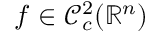
f \in \mathcal { C } _ { c } ^ { 2 } ( \mathbb { R } ^ { n } )